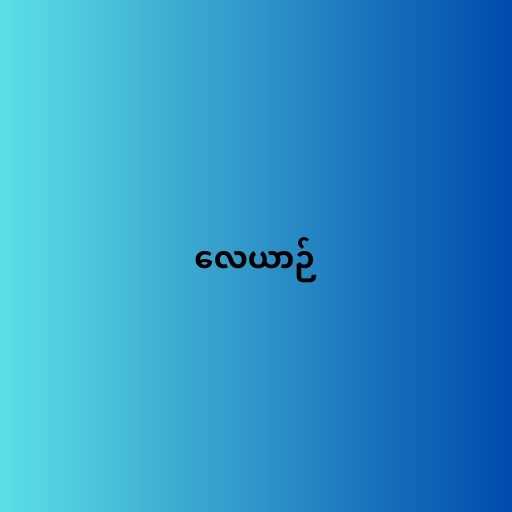
လေယာဉ်